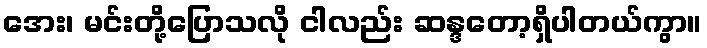
အေး၊ မင်းတို့ပြောသလို ငါလည်း ဆန္ဒတော့ရှိပါတယ်ကွာ။